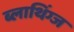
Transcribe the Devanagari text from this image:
ब्लाथिंग्ज